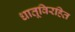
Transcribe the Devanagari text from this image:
धातूविरहित